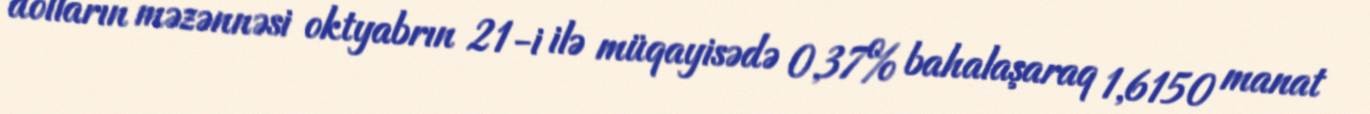
dolların məzənnəsi oktyabrın 21-i ilə müqayisədə 0,37% bahalaşaraq 1,6150 manat